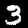
Label: 3